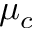
\mu _ { c }